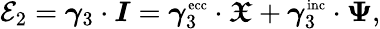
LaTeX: \mathcal{E}_{2}=\boldsymbol{\gamma}_{3}\cdot\boldsymbol{I}=\boldsymbol{\gamma}_{3}^{\textnormal{\scriptsize ecc}}\cdot\boldsymbol{\mathfrak{X}}+\boldsymbol{\gamma}_{3}^{\textnormal{\scriptsize inc}}\cdot\boldsymbol{\Psi},